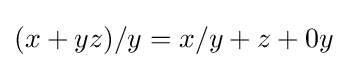
(x+yz)/y=x/y+z+0y